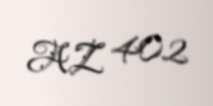
AZ 402